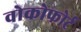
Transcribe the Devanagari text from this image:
वोकोफोर्ट